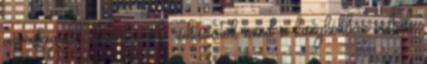
a vastagabb és melegebb ruházatok mind a kunyhókban voltak.